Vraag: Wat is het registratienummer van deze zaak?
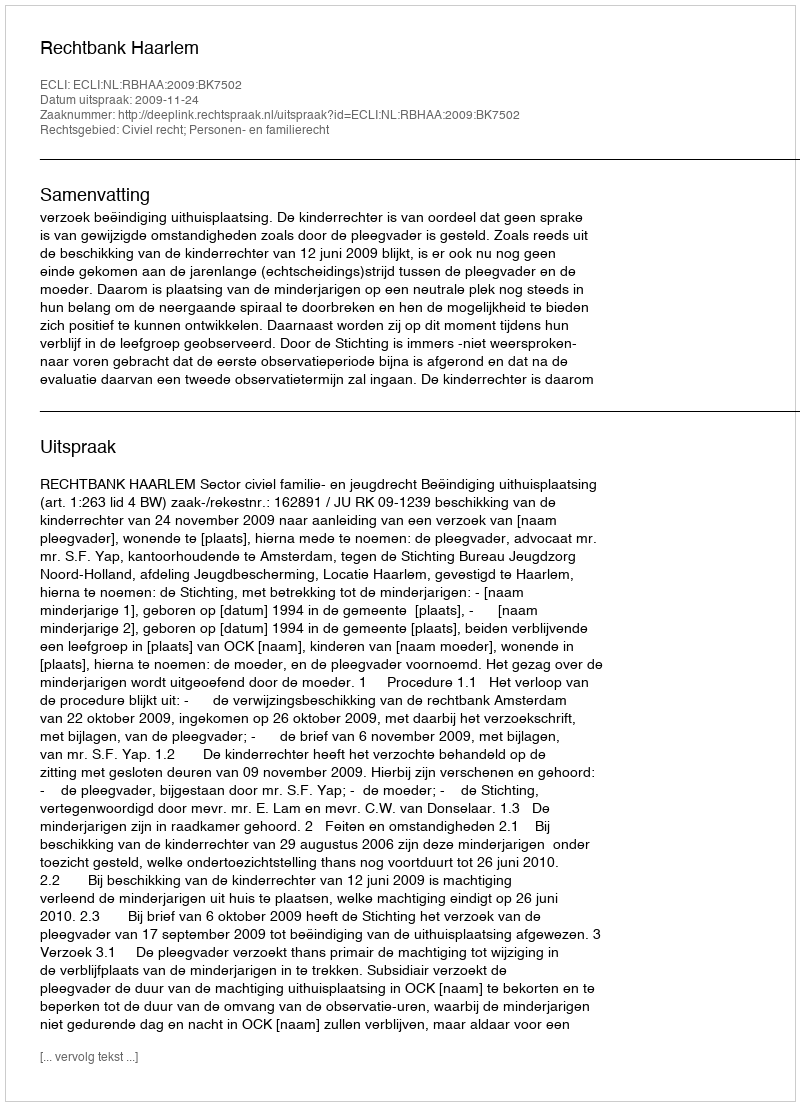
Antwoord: http://deeplink.rechtspraak.nl/uitspraak?id=ECLI:NL:RBHAA:2009:BK7502